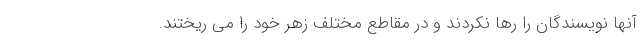
آنها نویسندگان را رها نکردند و در مقاطع مختلف زهر خود را می ریختند.